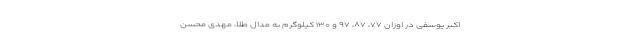
اکبر یوسفی در اوزان ۷۷، ۸۷، ۹۷ و ۱۳۰ کیلوگرم به مدال طلا، مهدی محسن